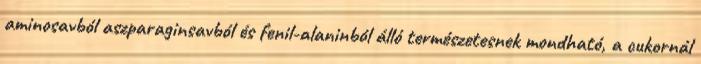
aminosavból aszparaginsavból és fenil-alaninból álló természetesnek mondható, a cukornál